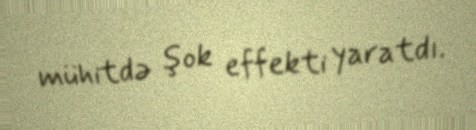
mühitdə şok effekti yaratdı.